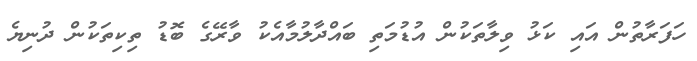
ހަފަރާތުން އައި ކަޅު ވިލާތަކުން އުޑުމަތި ބައްދާލުމާއެކު ވާރޭގެ ބޮޑު ތިކިތަކުން ދުނިޔެ